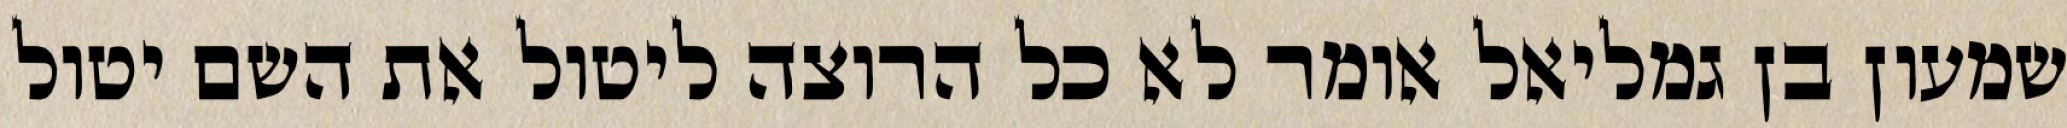
שמעון בן גמליאל אומר לא כל הרוצה ליטול את השם יטול